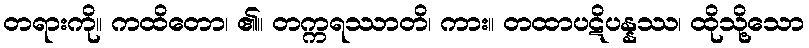
တရားကို။ ကထိတော၊ ၏။ တက္ကရဿာတိ၊ ကား။ တထာပဋိပန္နဿ၊ ထိုသို့သော